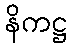
နိကဋ္ဌ